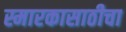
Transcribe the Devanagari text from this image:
स्मारकासाठीचा